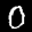
Label: 0